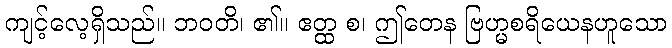
ကျင့်လေ့ရှိသည်။ ဘဝတိ၊ ၏။ ဧတ္ထ စ၊ ဤတေန ဗြဟ္မစရိယေနဟူသော